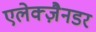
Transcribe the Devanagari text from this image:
एलेक्ज़ैनडर